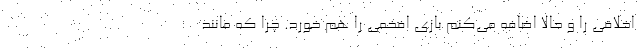
اخلاقی را و حالا اضافه می‌کنم بازی افخمی را هم خورد. چرا که مانند